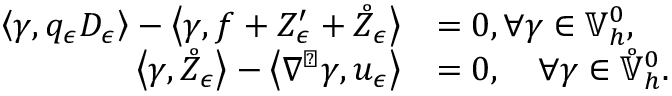
\begin{array} { r l } { \left\langle \gamma , q _ { \epsilon } D _ { \epsilon } \right\rangle - \left\langle \gamma , f + Z _ { \epsilon } ^ { \prime } + \mathring { Z } _ { \epsilon } \right\rangle } & { = 0 , \forall \gamma \in \mathbb { V } _ { h } ^ { 0 } , } \\ { \left\langle \gamma , \mathring { Z } _ { \epsilon } \right\rangle - \left\langle \nabla ^ { \perp } \gamma , u _ { \epsilon } \right\rangle } & { = 0 , \quad \forall \gamma \in \mathring { \mathbb { V } } _ { h } ^ { 0 } . } \end{array}